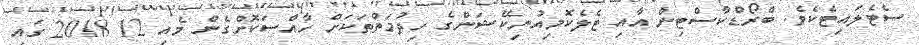
ސެޓެލައިޓެކެވެ. ބްރޯޑްކާސްޓިން އާއި ޓެލެކޮމިއުނިކޭޝަންގެ ހިދުމަތްތަކަށް ހާއްސަކޮށްގެން މެއި 12 2018 ގައި